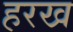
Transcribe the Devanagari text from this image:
हरख